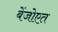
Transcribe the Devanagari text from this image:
बेंजोएत